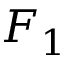
F _ { 1 }